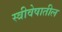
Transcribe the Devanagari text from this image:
स्त्रीवेषातील